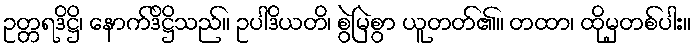
ဥတ္တရဒိဋ္ဌိ၊ နောက်ဒိဋ္ဌိသည်။ ဥပါဒိယတိ၊ စွဲမြဲစွာ ယူတတ်၏။ တထာ၊ ထိုမှတစ်ပါး။